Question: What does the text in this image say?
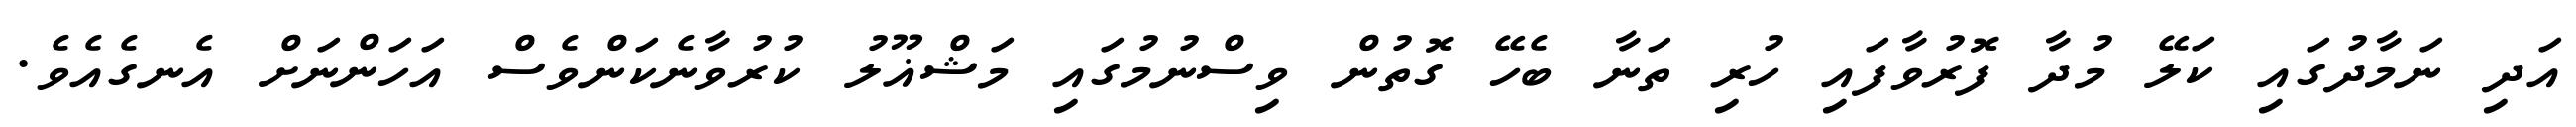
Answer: އަދި ނަމާދުގައި ކަލޭ މުދާ ފޮރުވާފައި ހުރި ތަނާ ބެހޭ ގޮތުން ވިސްނުމުގައި މަޝްޣޫލު ކުރުވާނެކަންވެސް އަހަންނަށް އެނގެއެވެ.